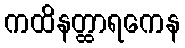
ကထိနတ္ထာရကေန